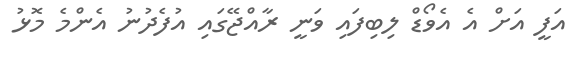
އަފީ އަށް އެ އެވޯޑް ލިބިފައި ވަނީ ރާއްޖޭގައި އުފެދުނު އެންމެ މޮޅު